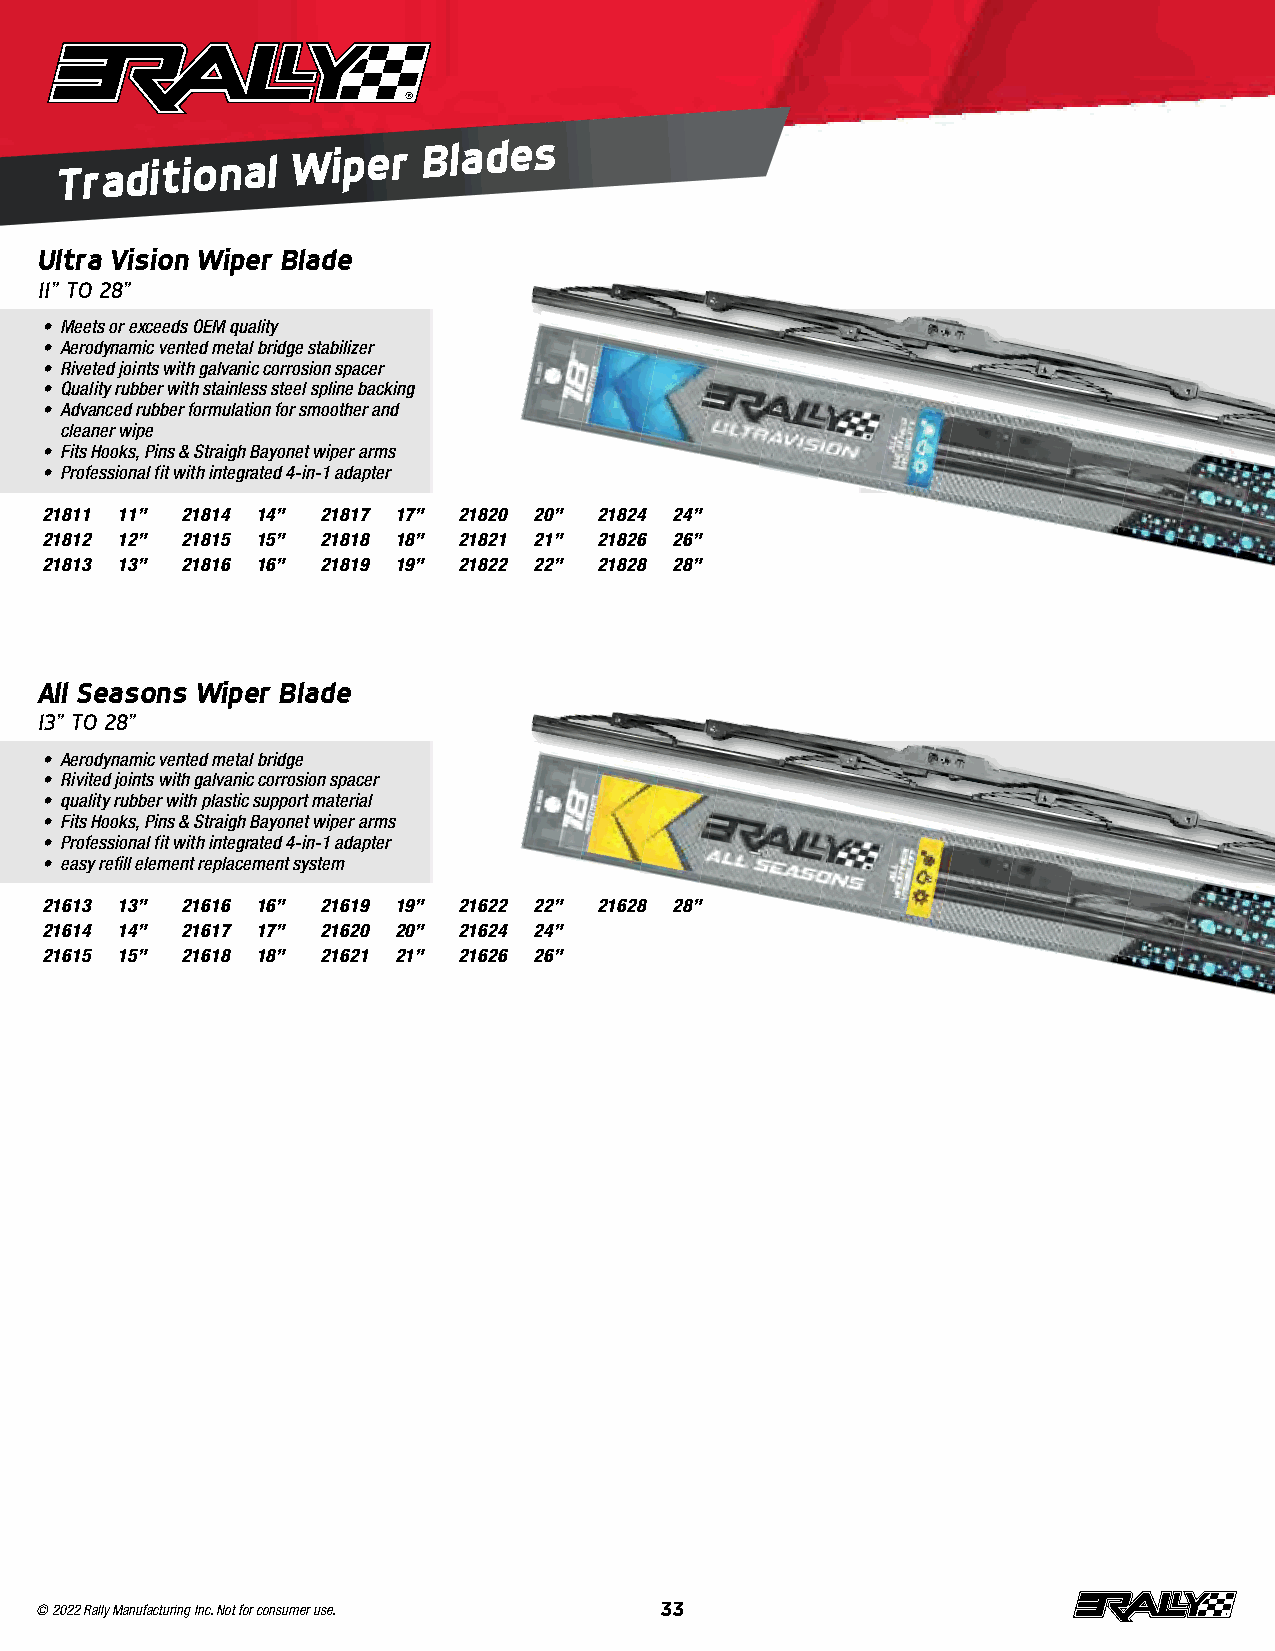
Traditional
 Wiper
 Blades
 Ultra Vision Wiper Blade
 11” TO 28”
 • Meets or exceeds OEM quality
 • Aerodynamic vented metal bridge stabilizer
 • Riveted joints with galvanic corrosion spacer
 • Quality rubber with stainless steel spline backing
 • Advanced rubber formulation for smoother and
 cleaner wipe
 • Fits Hooks, Pins & Straigh Bayonet wiper arms
 • Professional fit with integrated 4-in-1 adapter
 21811 11” 21814 14” 21817 17” 21820 20” 21824 24”
 21812 12” 21815 15” 21818 18” 21821 21” 21826 26”
 21813 13” 21816 16” 21819 19” 21822 22” 21828 28”
 All Seasons Wiper Blade
 13” TO 28”
 • Aerodynamic vented metal bridge
 • Rivited joints with galvanic corrosion spacer
 • quality rubber with plastic support material
 • Fits Hooks, Pins & Straigh Bayonet wiper arms
 • Professional fit with integrated 4-in-1 adapter
 • easy refill element replacement system
 21613 13” 21616 16” 21619 19” 21622 22” 21628 28”
 21614 14” 21617 17” 21620 20” 21624 24”
 21615 15” 21618 18” 21621 21” 21626 26”
 © 2022 Rally Manufacturing Inc. Not for consumer use. 33